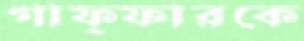
গাফ্ফারকে